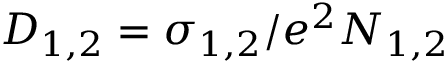
D _ { 1 , 2 } = \sigma _ { 1 , 2 } / e ^ { 2 } N _ { 1 , 2 }